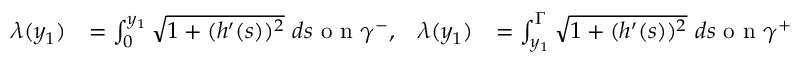
\begin{array} { r l r l } { \lambda ( y _ { 1 } ) } & { = \int _ { 0 } ^ { y _ { 1 } } \sqrt { 1 + ( h ^ { \prime } ( s ) ) ^ { 2 } } \ d s \textnormal { o n } \gamma ^ { - } , } & { \lambda ( y _ { 1 } ) } & { = \int _ { y _ { 1 } } ^ { \Gamma } \sqrt { 1 + ( h ^ { \prime } ( s ) ) ^ { 2 } } \ d s \textnormal { o n } \gamma ^ { + } } \end{array}